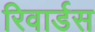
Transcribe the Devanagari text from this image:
रिवार्डस